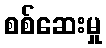
စစ်ဆေးမှု